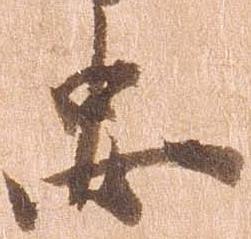
忠